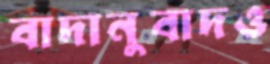
বাদানুবাদও